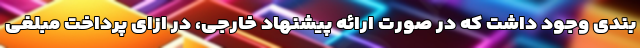
بندی وجود داشت که در صورت ارائه پیشنهاد خارجی، در ازای پرداخت مبلغی